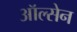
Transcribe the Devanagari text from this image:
ऑल्सेन